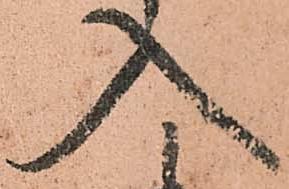
入